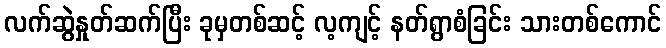
လက်ဆွဲနှုတ်ဆက်ပြီး ခုမှတစ်ဆင့် လ့ကျင့် နတ်ရွာစံခြင်း သားတစ်ကောင်